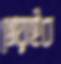
খোয়াইব